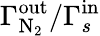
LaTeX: \Gamma_{\mathrm{N_{2}}}^{\mathrm{out}}/\Gamma_{s}^{\mathrm{in}}